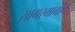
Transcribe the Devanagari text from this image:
सागरमार्गाने